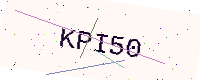
Text: KPI50